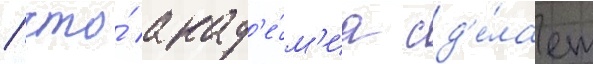
/ что́ акад'е́м'иа сд'е́лает